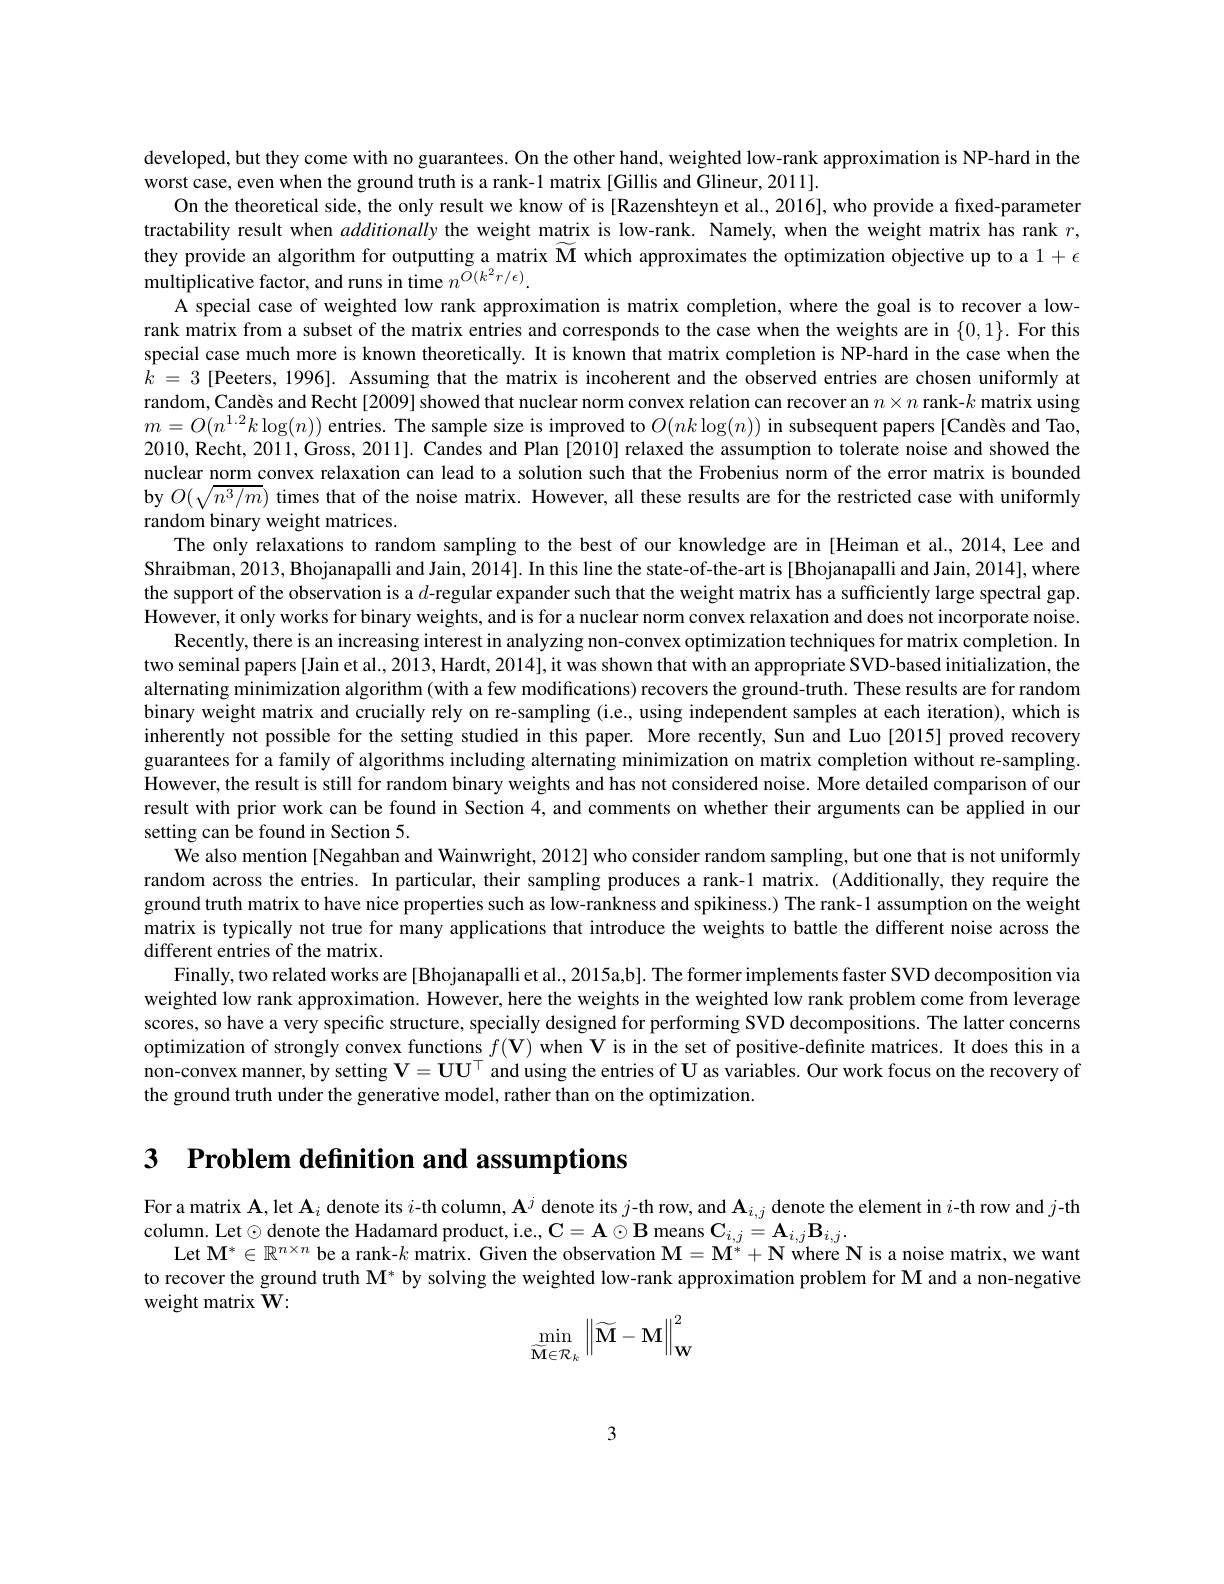
developed, but they come with no guarantees. On the other hand, weighted low-rank approximation is NP-hard in the
worst case, even when the ground truth is a rank-1 matrix [Gillis and Glineur, 2011].
On the theoretical side, the only result we know of is [Razenshteyn et al., 2016], who provide a fixed-parameter tractability result when additionally the weight matrix is low-rank. Namely, when the weight matrix has rank $r$, they provide an algorithm for outputting a matrix $\mathbf{M}$ which approximates the optimization objective up to a $1+\epsilon$ $\hat{\text{multiplicative factor, and runs in time }n}^{\tilde{O}(k^2r/\epsilon)}.$
A special case of weighted low rank approximation is matrix completion, where the goal is to recover a lowrank matrix from a subset of the matrix entries and corresponds to the case when the weights are in $\{0,1\}.$ For this special case much more is known theoretically. It is known that matrix completion is NP-hard in the case when the $k=3$ [Peeters, 1996]. Assuming that the matrix is incoherent and the observed entries are chosen uniformly at random, Candès and Recht [2009] showed that nuclear norm convex relation can recover an $n\times n$ rank-$k$ matrix using $m=O(n^{1.2}k\log(n))$ entries. The sample size is improved to $O(nk\log(n))$ in subsequent papers[Candès and Tao, 2010, Recht, 2011, Gross, 2011]. Candes and Plan [2010] relaxed the assumption to tolerate noise and showed the nuclear norm convex relaxation can lead to a solution such that the Frobenius norm of the error matrix is bounded by $O(\sqrt{n^3/m})$ times that of the noise matrix. However, all these results are for the restricted case with uniformly random binary weight matrices.
The only relaxations to random sampling to the best of our knowledge are in [Heiman et al.,2014,Lee and Shraibman, 2013, Bhojanapalli and Jain, 2014]. In this line the state-of-the-art is[Bhojanapalli and Jain, 2014], where the support of the observation is a $d$-regular expander such that the weight matrix has a sufficiently large spectral gap. However, it only works for binary weights, and is for a nuclear norm convex relaxation and does not incorporate noise.
Recently, there is an increasing interest in analyzing non-convex optimization techniques for matrix completion. In two seminal papers[Jain et al., 2013, Hardt, 2014], it was shown that with an appropriate SVD-based initialization, the alternating minimization algorithm (with a few modifications) recovers the ground-truth. These results are for random binary weight matrix and crucially rely on re-sampling (i.e., using independent samples at each iteration), which is inherently not possible for the setting studied in this paper. More recently, Sun and Luo [2015] proved recovery guarantees for a family of algorithms including alternating minimization on matrix completion without re-sampling However, the result is still for random binary weights and has not considered noise. More detailed comparison of our result with prior work can be found in Section 4, and comments on whether their arguments can be applied in our setting can be found in Section 5.
We also mention [Negahban and Wainwright, 2012] who consider random sampling, but one that is not uniformly random across the entries. In particular, their sampling produces a rank-1 matrix. (Additionally, they require the ground truth matrix to have nice properties such as low-rankness and spikiness.) The rank-1 assumption on the weight matrix is typically not true for many applications that introduce the weights to battle the different noise across the different entries of the matrix.
Finally, two related works are [Bhojanapalli et al., 2015a,b]. The former implements faster SVD decomposition via weighted low rank approximation. However, here the weights in the weighted low rank problem come from leverage scores, so have a very specific structure, specially designed for performing SVD decompositions. The latter concerns optimization of strongly convex functions $f(\mathbf{V})$ when $\mathbf{V}$ is in the set of positive-definite matrices. It does this in a non-convex manner, by setting $\mathbf{V} = \mathbf{U} \mathbf{U} ^\top \hat{\text{and using the entries of U as variables. Our work focus on the recovery of}}$ the ground truth under the generative model, rather than on the optimization.

3 $\textbf{Problem definition and assumptions}$

For a matrix $\mathbf{A}$,let $\mathbf{A}_i$ denote its $i$-th column, $\mathbf{A}^j$ denote its $j$-th row, and $\mathbf{A}_i,j$ denote the element in $i$-th row and $j$-th
column. Let$\odot$denote the Hadamard product, i.e., $\mathbf{C}=\mathbf{A}\odot\mathbf{B}$ means $\mathbf{C}_i,j=\mathbf{A}_{i,j}\mathbf{B}_{i,j}.$
Let $\mathbf{M}^*\in\mathbb{R}^{n\times n}$ be a rank-$k$ matrix. Given the observation $\mathbf{M}=\mathbf{M}^*+\mathbf{N}$ where $\mathbf{N}$ is a noise matrix, we want to recover the ground truth M* by solving the weighted low-rank approximation problem for M and a non-negative weight matrix W:
$$\min_{\widetilde{\mathbf{M}}\in\mathcal{R}_k}\left\|\widetilde{\mathbf{M}}-\mathbf{M}\right\|_{\mathbf{W}}^2$$
3